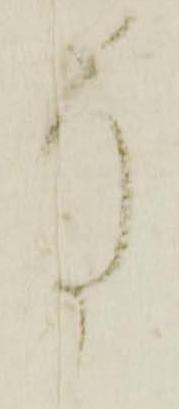
謹